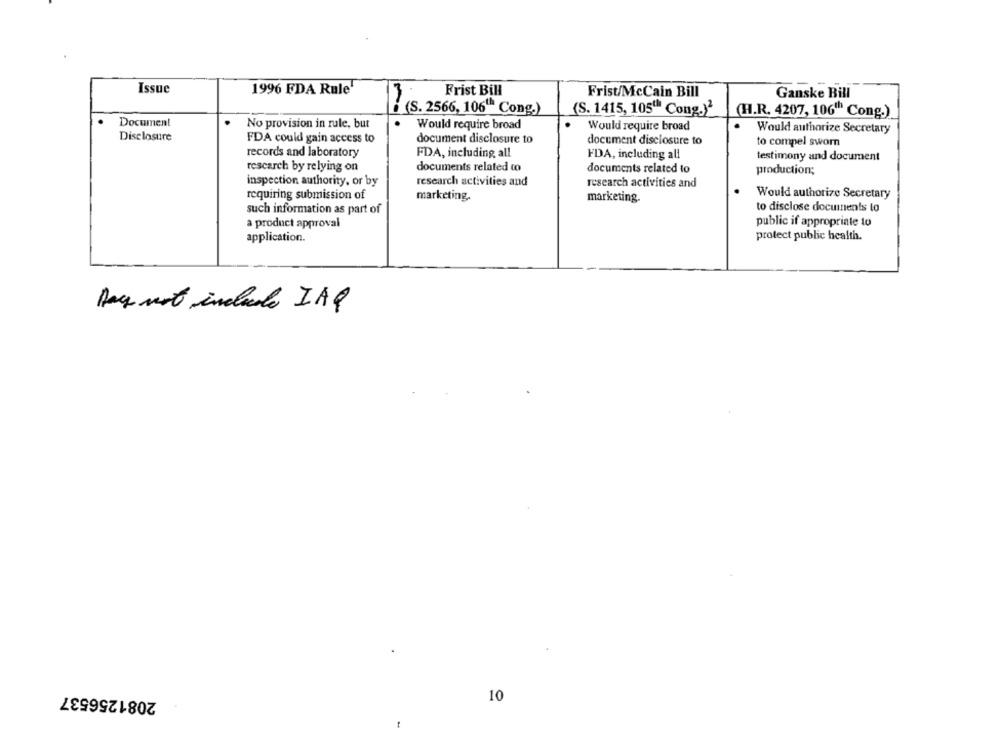
Issue
1996 FDA Rule"
Frist Bill
Frist/McCain Bill
Ganske Bill
? (S. 2566, 106" Cong.)
(S. 1415, 105"" Cong.)2
(H.R. 4207, 106"" Cong.)
Document
No provision in rule, but
Would require broad
Would require broad
Would authorize Secretary
Disclosure
FDA could gain access to
document disclosure to
document disclosure to
to compel sworn
records and laboratory
FDA, including all
FDA, including all
testimony and document
rescarch by relying on
documents related co
documents related to
production;
inspection authority, or by
research activities and
research activities and
Would authorize Secretary
requiring submission of
marketing.
marketing.
to disclose documents to
such information as part of
public if appropriate to
a product approval
application.
protect public health.
Acq not include IAQ
2081256537
10